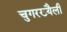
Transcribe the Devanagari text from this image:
चुगरख्यैली